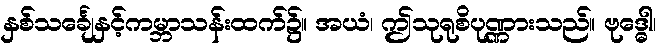
နှစ်သင်္ချေနှင့်ကမ္ဘာသန်းထက်၌။ အယံ၊ ဤသုရုစိပုဏ္ဏားသည်။ ဗုဒ္ဓေါ၊